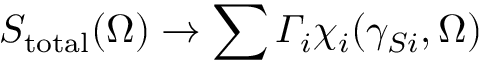
S _ { \mathrm { t o t a l } } ( \Omega ) \rightarrow \sum { \varGamma _ { i } \chi _ { i } ( \gamma _ { S i } , \Omega ) }